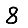
Digit: 8